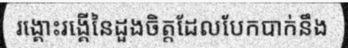
រង្គោះរង្គើនៃដួងចិត្តដែលបែកបាក់នឹង